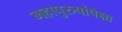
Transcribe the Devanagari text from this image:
महापुरुषांपेक्षा